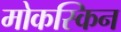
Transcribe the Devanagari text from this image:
मोकस्किन